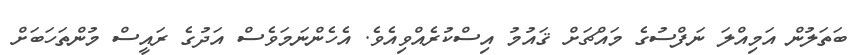
ބަތަލުން އަމިއްލަ ނަފްސުގެ މައްޗަށް ޤައުމު އިސްކުރެއްވިއެވެ. އެހެންނަމަވެސް އަދުގެ ރައީސް މުންތަހަބަށް